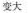
变大